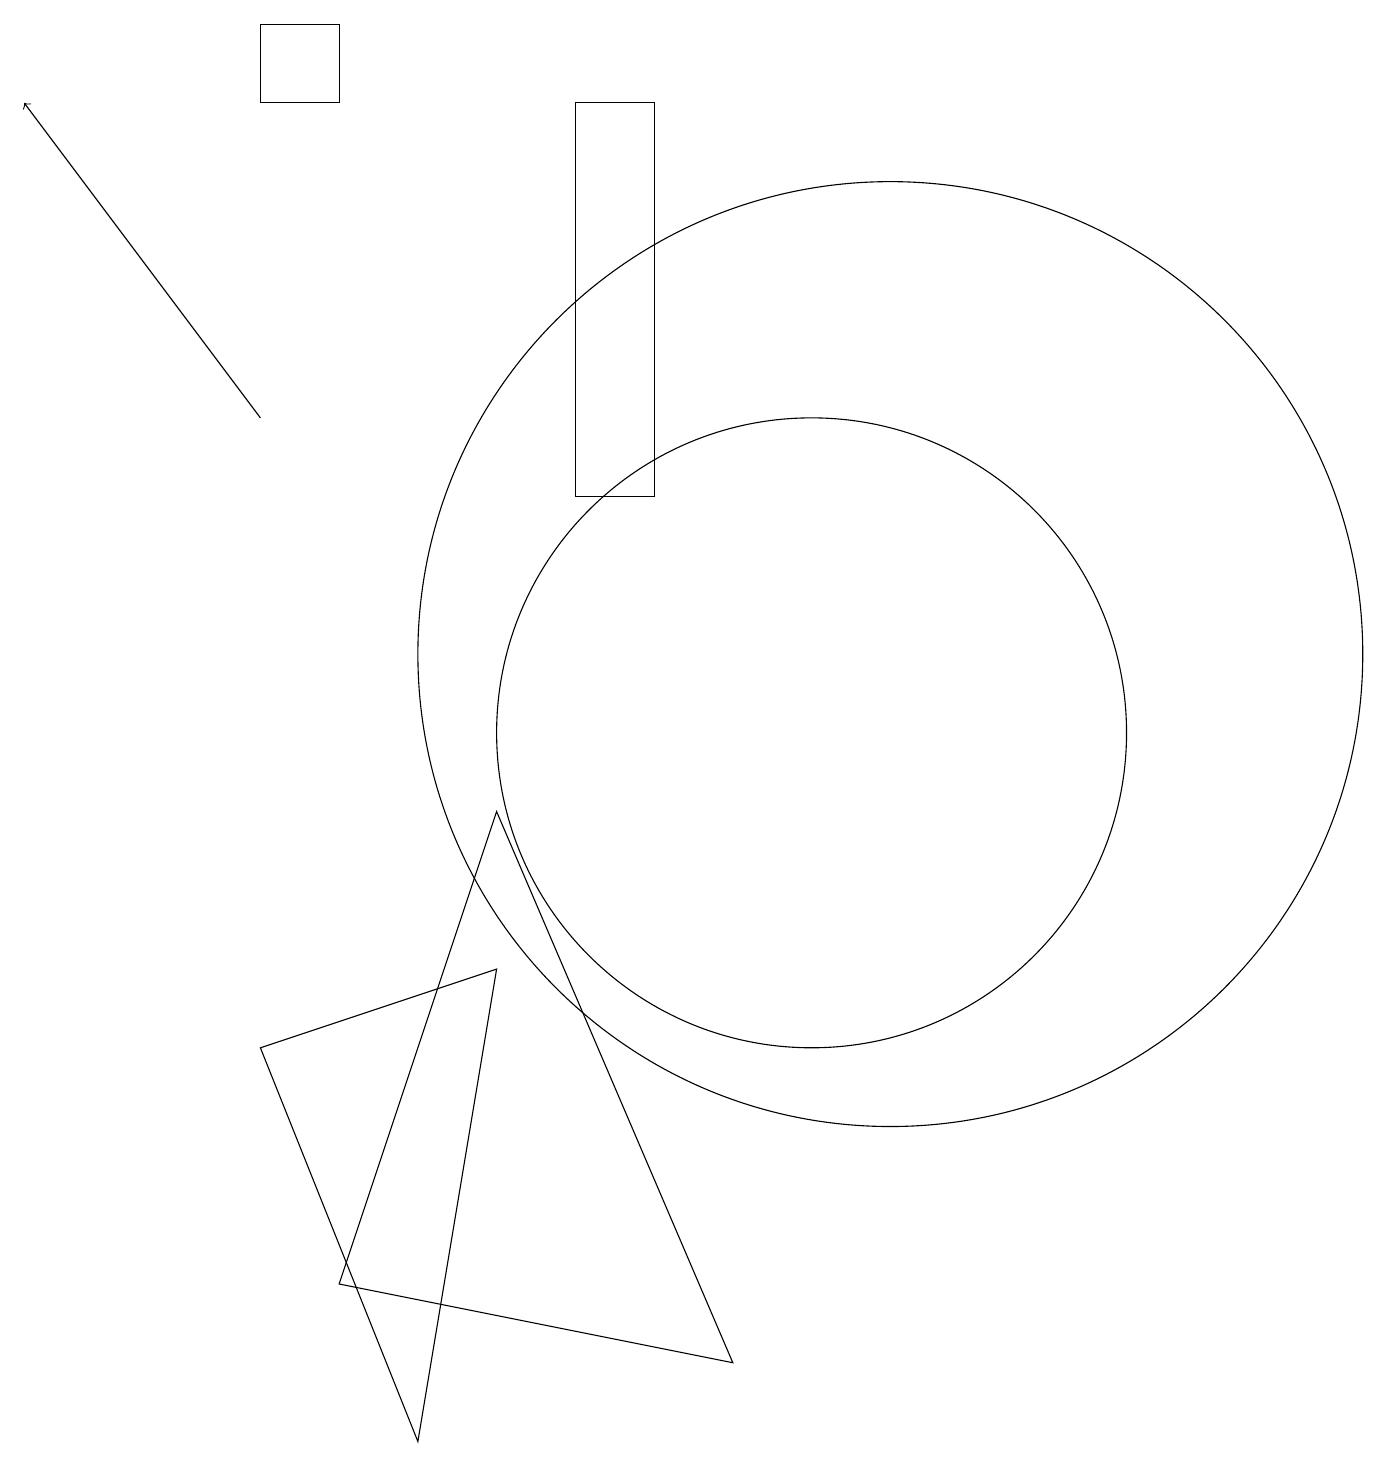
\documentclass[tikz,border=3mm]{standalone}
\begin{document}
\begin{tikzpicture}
\draw[->] (3,14) -- (0,18);
\draw (7,18) rectangle (8,13);
\draw (11,11) circle (6);
\draw (5,1) -- (6,7) -- (3,6) -- cycle;
\draw (10,10) circle (4);
\draw (4,19) rectangle (3,18);
\draw (6,9) -- (4,3) -- (9,2) -- cycle;
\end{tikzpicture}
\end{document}